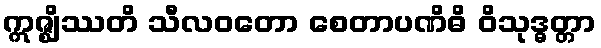
ဣဇ္ဈိဿတိ သီလဝတော စေတာပဏိဓိ ဝိသုဒ္ဓတ္တာ